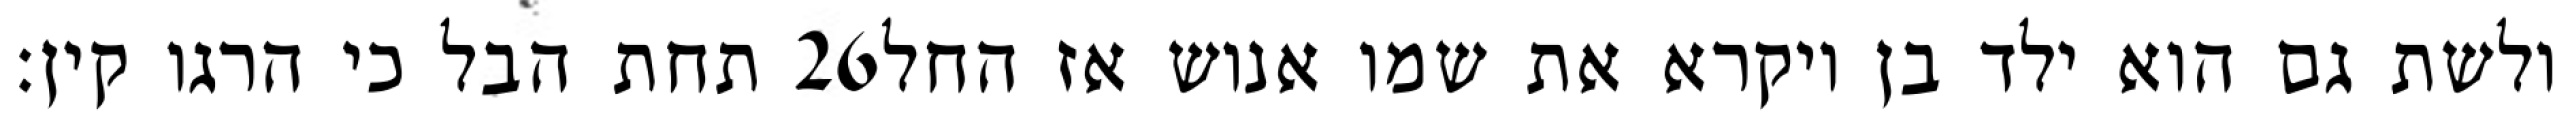
תחת הבל כי הרגו קין׃ ‎26‏ ולשת גם הוא ילד בן ויקרא את שמו אנוש אז החל